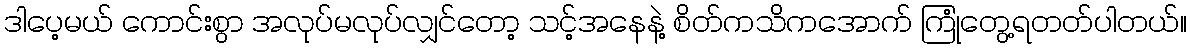
ဒါပေ့မယ် ကောင်းစွာ အလုပ်မလုပ်လျှင်တော့ သင့်အနေနဲ့ စိတ်ကသိကအောက် ကြုံတွေ့ရတတ်ပါတယ်။